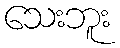
သေးဘူး